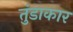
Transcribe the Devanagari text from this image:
तुंडाकार